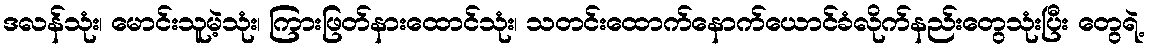
ဒလန်သုံး၊ မောင်းသူမဲ့သုံး၊ ကြားဖြတ်နားထောင်သုံး၊ သတင်းထောက်နောက်ယောင်ခံလိုက်နည်းတွေသုံးပြီး တွေရဲ့